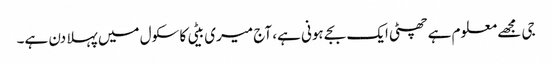
جی مجھے معلوم ہے چھٹی ایک بجے ہونی ہے، آج میری بیٹی کا سکول میں پہلا دن ہے۔